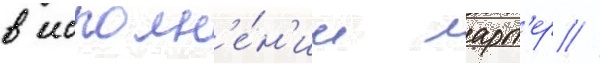
в исполн'е́н'ии ларт'ер //